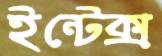
ইন্টেক্স